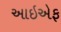
આઇએફ